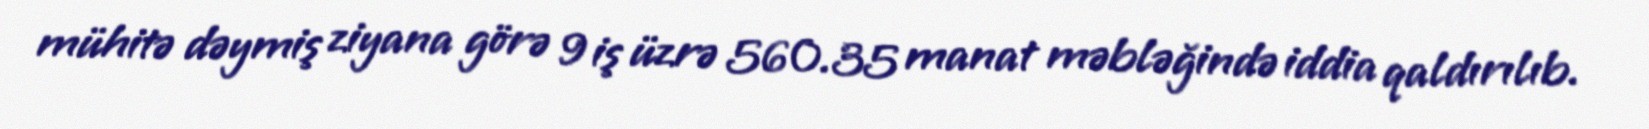
mühitə dəymiş ziyana görə 9 iş üzrə 560.35 manat məbləğində iddia qaldırılıb.